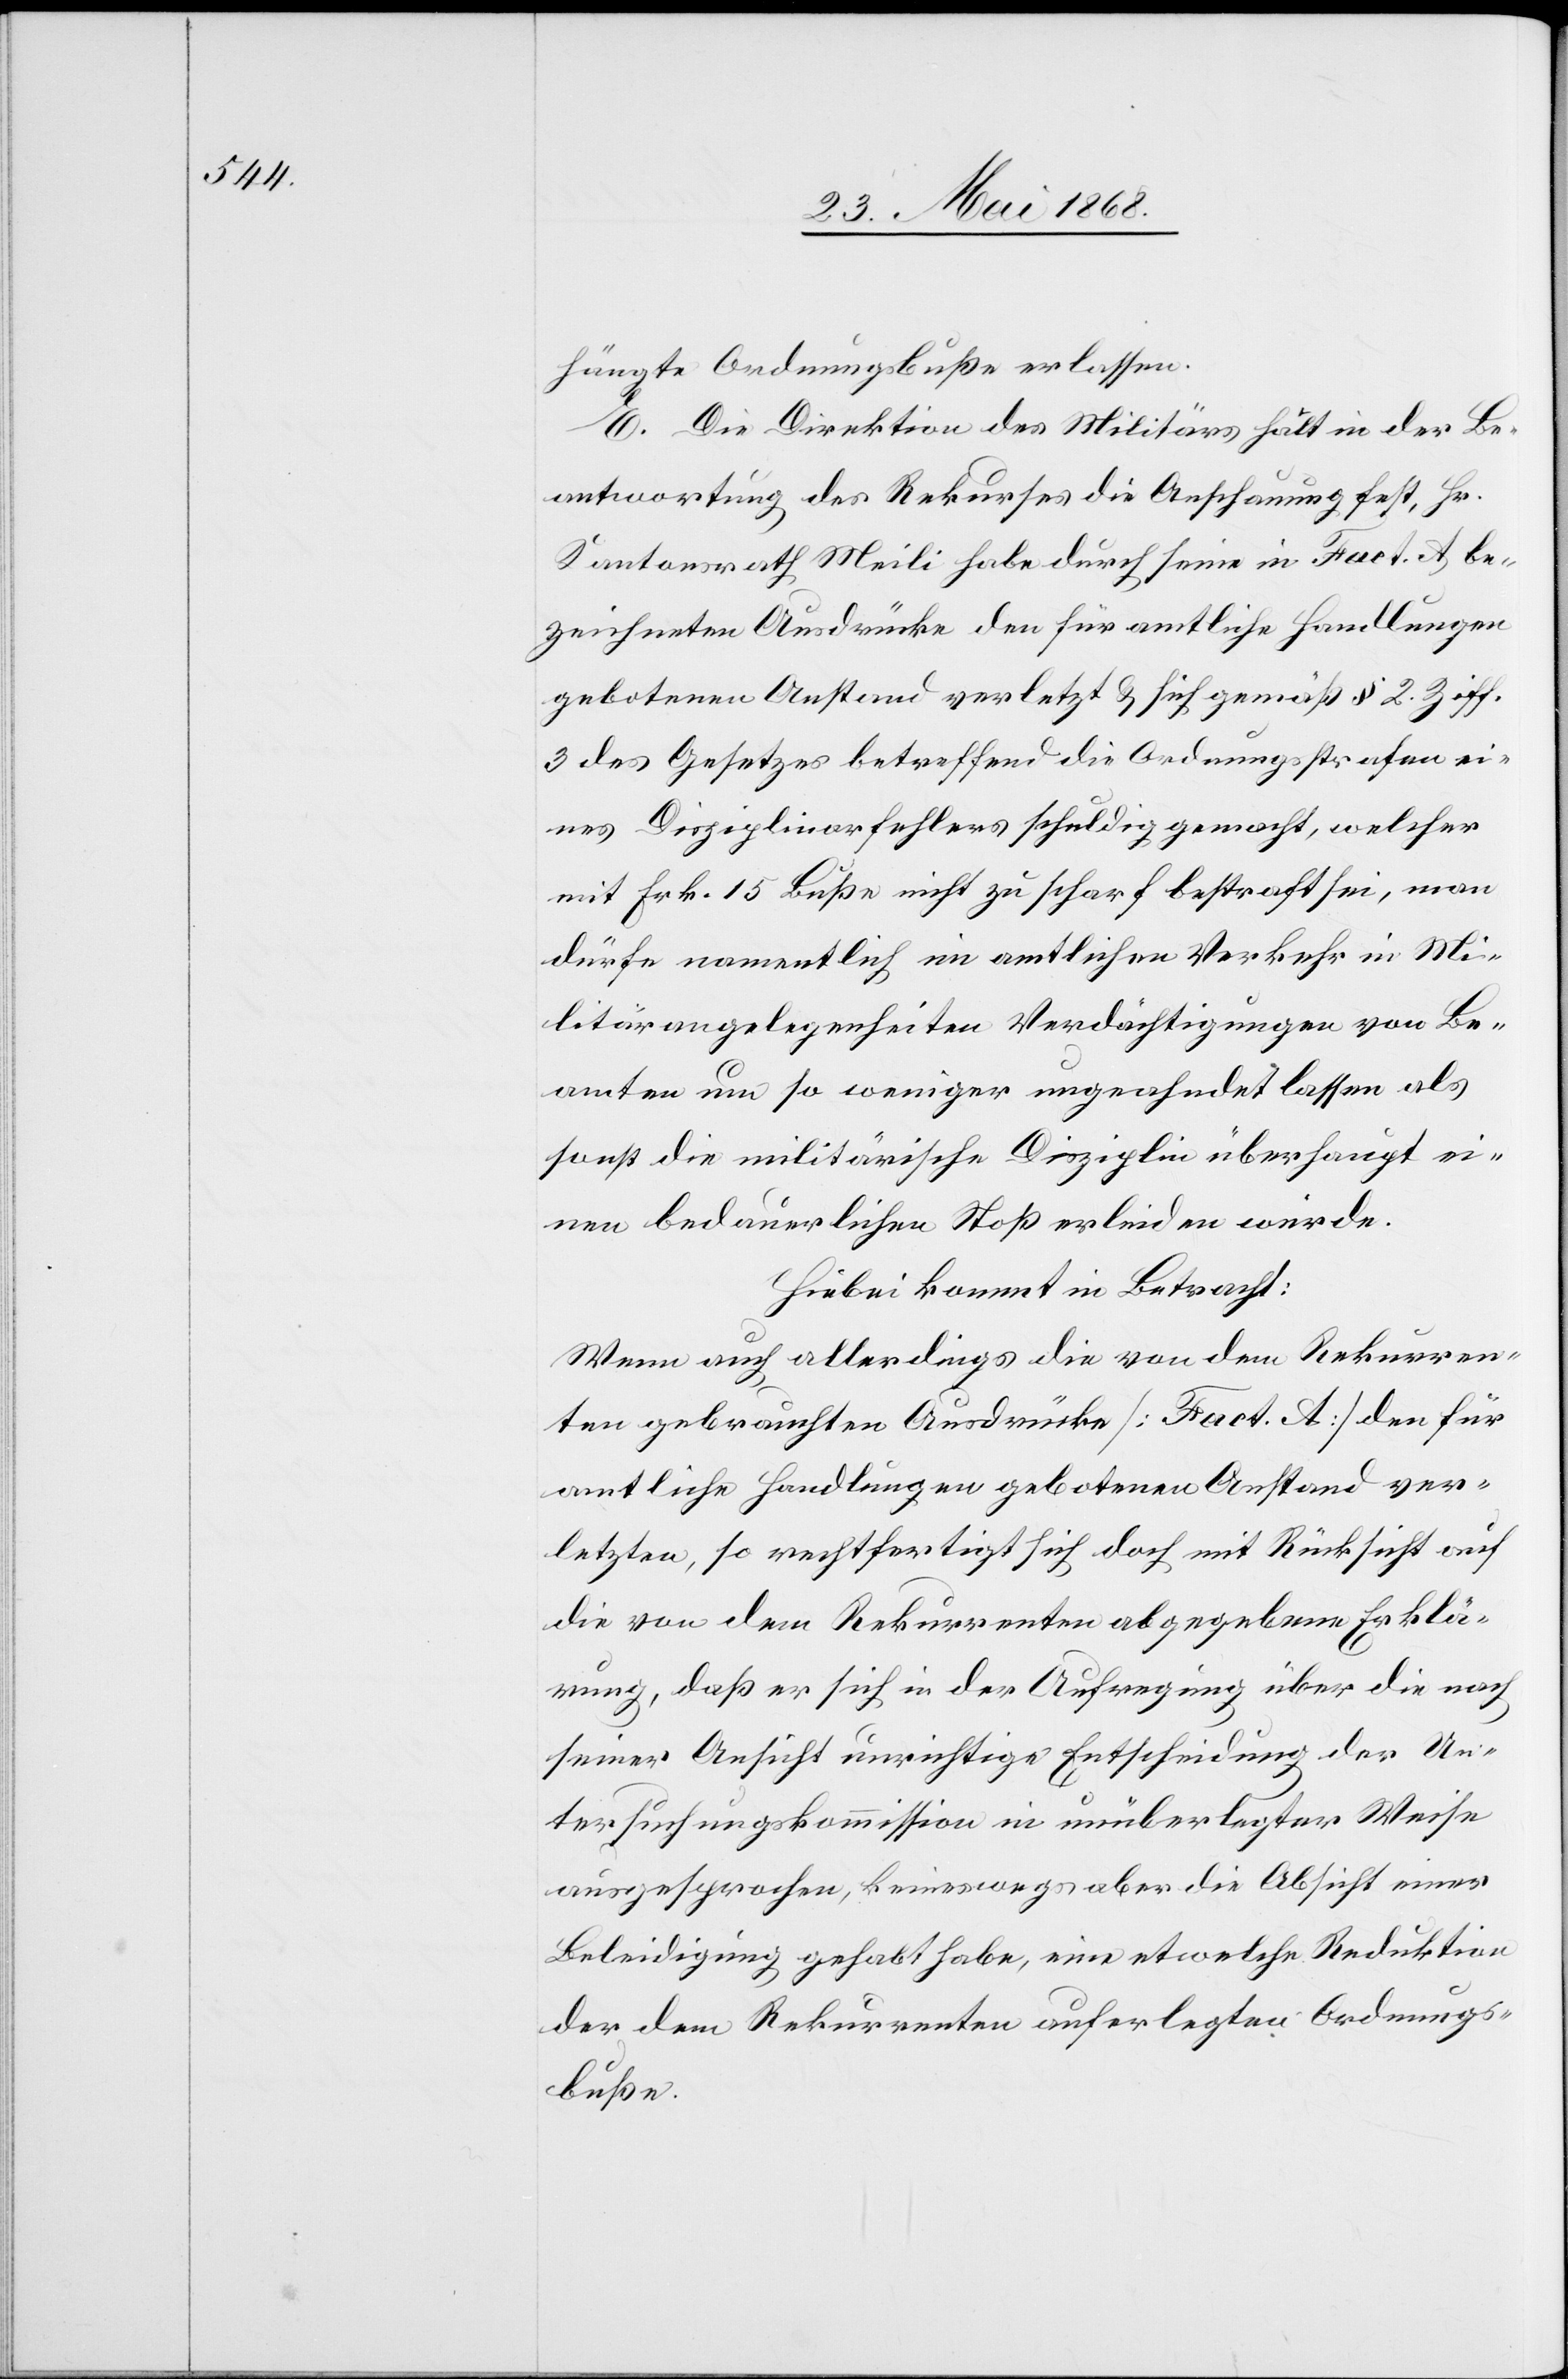
hängte Ordnungsbuße erlassen.
E. Die Direktion des Militärs hält in der Be¬
antwortung des Rekurses die Anschauung fest, Hr.
Kantonsrath Meili habe durch seine in Fact. A be¬
zeichneten Ausdrücke den für amtliche Handlungen
gebotenen Anstand verletzt & sich gemäß § 2. Ziff.
3 des Gesetzes betreffend die Ordnungsstrafen ei¬
nes Disziplinarfehlers schuldig gemacht, welcher
mit Frk. 15 Buße nicht zu scharf bestraft sei, man
dürfe namentlich im amtlichen Verkehr in Mi¬
litärangelegenheiten Verdächtigungen von Be¬
amten um so weniger ungeahndet lassen als
sonst die militärische Disziplin überhaupt ei¬
nen bedauerlichen Stoß erleiden würde.
Hiebei kommt in Betracht:
Wenn auch allerdings die von dem Rekurren¬
ten gebrauchten Ausdrücke [Fact. A] den für
amtliche Handlungen gebotenen Anstand ver¬
letzten, so rechtfertigt sich doch mit Rücksicht auf
die von dem Rekurrenten abgegebene Erklä¬
rung, daß er sich in der Aufregung über die nach
seiner Ansicht unrichtige Entscheidung der Un¬
tersuchungskommission in unüberlegter Weise
ausgesprochen, keineswegs aber die Absicht einer
Beleidigung gehabt habe, eine etwelche Reduktion
der dem Rekurrenten auferlegten Ordnungs¬
buße.